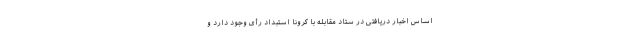
اساس اخبار دریافتی در ستاد مقابله با کرونا استبداد رأی وجود دارد و